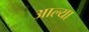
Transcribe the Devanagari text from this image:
अाल्या